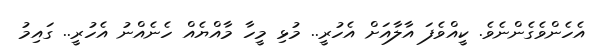
އެހެންވެގެންނެވެ. ކީއްވެފަ އާލާއަށް އެހުރީ.. މުޅި މީހާ މާއްޔެއް ހެނެއްނު އެހުރީ.. ގައިމު